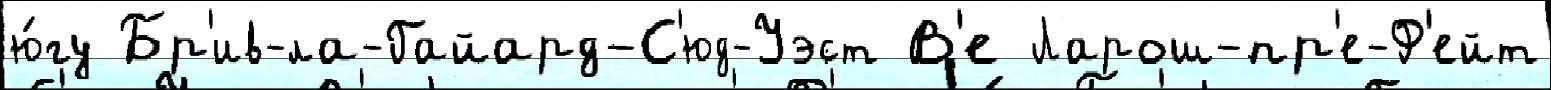
ю́гу Бр'ив-ла-Гайард-С'юд-Уэст В'е Ларош-пр'е-Ф'ейт